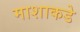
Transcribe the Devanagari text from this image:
माशाकडे